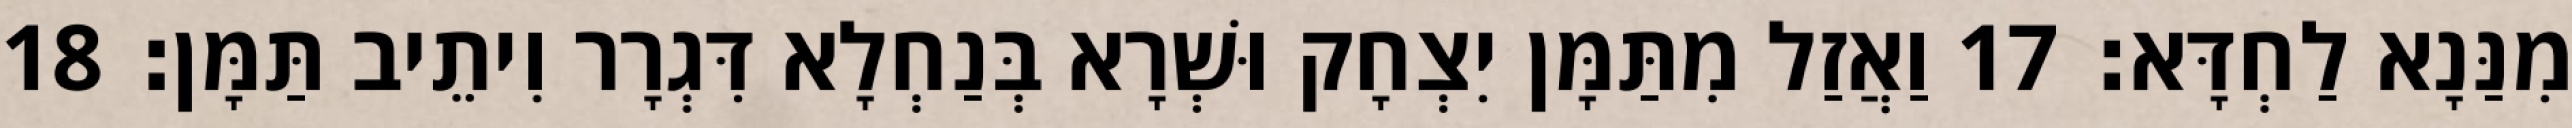
מִנַּנָא לַחְדָּא׃ 17 וַאֲזַל מִתַּמָּן יִצְחָק וּשְׁרָא בְּנַחְלָא דִּגְרָר וִיתֵיב תַּמָּן׃ 18